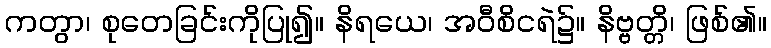
ကတွာ၊ စုတေခြင်းကိုပြု၍။ နိရယေ၊ အဝီစိငရဲ၌။ နိဗ္ဗတ္တိ၊ ဖြစ်၏။